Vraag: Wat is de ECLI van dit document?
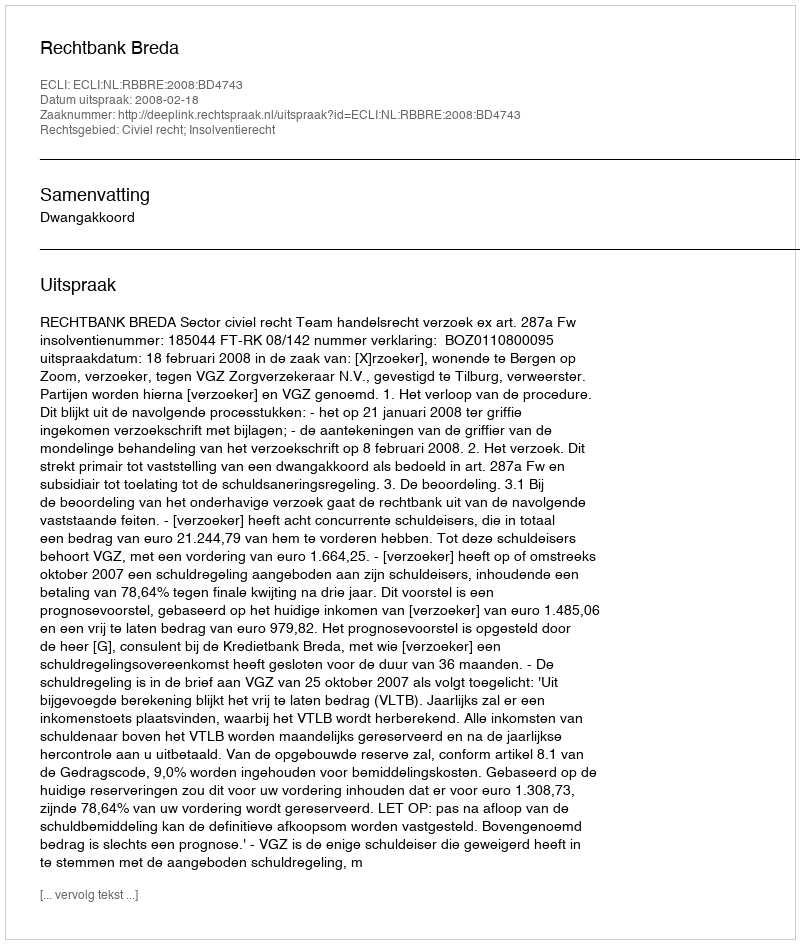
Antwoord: ECLI:NL:RBBRE:2008:BD4743